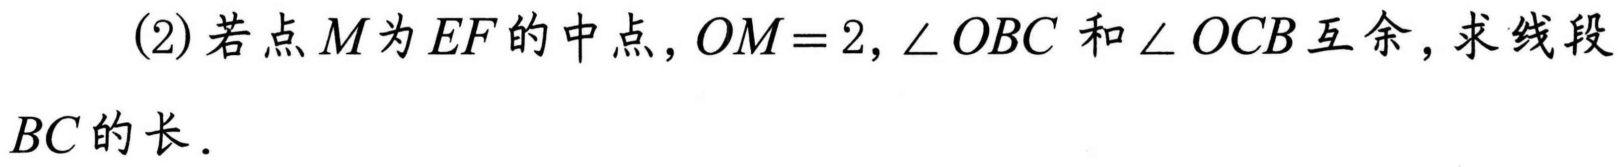
(2) 若点\(M\)为\(EF\)的中点，\(OM = 2\)，\(\angle OBC\)和\(\angle OCB\)互余，求线段\(BC\)的长．